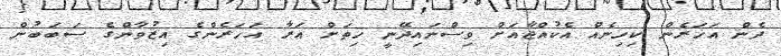
ދެން އަހަރެން ކިހިނެއް އެކުއްޖާއަށް ވިސްނައިދޭނީ ހިތަށް އަރާ އަހަރެންގެ އިޒުވާންގެ ސަބަބުން